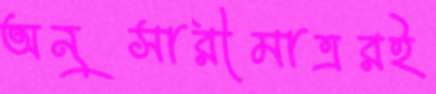
অনুসারীমাত্ররই